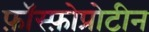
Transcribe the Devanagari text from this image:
फ़ॉस्फ़ोप्रोटीन